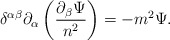
\begin{align*} \delta^{\alpha \beta}\partial_\alpha \left(\frac{ \partial_\beta \Psi}{n^2} \right) = - m^2 \Psi.\end{align*}